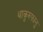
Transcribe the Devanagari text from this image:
थाकुरुफानु